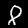
Digit: 8